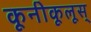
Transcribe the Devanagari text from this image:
कूनीकूलूस्